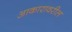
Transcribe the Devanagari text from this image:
आकारावरील